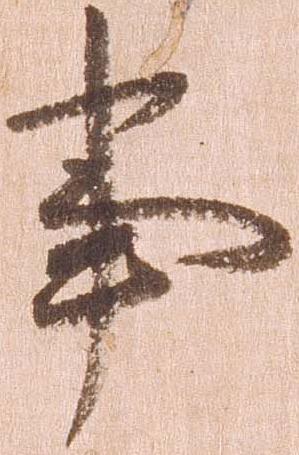
事